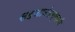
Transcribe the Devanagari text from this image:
सहजानंदस्वामी